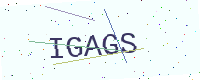
Text: IGAGS